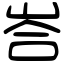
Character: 峇